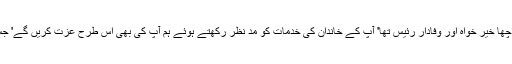
ترجمہ: '' مرزا غلا مرتضی سرکار انگریز کا اچھا خیر خواہ اور وفادار رئیس تھا' آپ کے خاندان کی خدمات کو مد نظر رکھتے ہوئے ہم آپ کی بھی اس طرح عزت کریں گے' جس طرح تمہارے وفادار باپ کی کی جاتی تھی۔